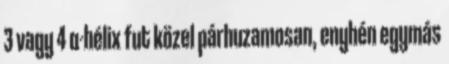
3 vagy 4 α-hélix fut közel párhuzamosan, enyhén egymás